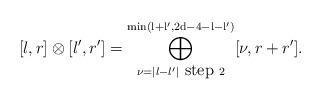
LaTeX: \begin{align*} [l,r]\otimes [l',r']= \bigoplus\limits_{\nu=\vert l-l' \vert \mbox{ step } 2}^{\mathrm{min\left( l+l',2d-4-l-l' \right)}} [\nu, r+r'].\end{align*}